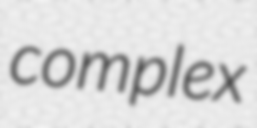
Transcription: complex